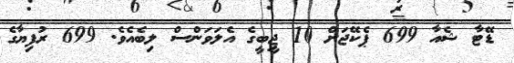
ޑޭޓާ ޝެއާ 699 ޕެކޭޖަށް 10 ޖީބީގެ އެލަވަންސް ލިބެއެވެ. 699 ރުފިޔާގެ